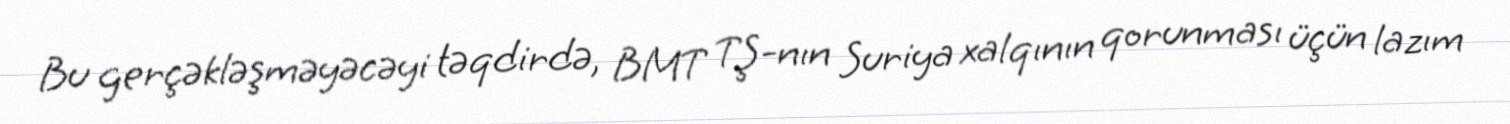
Bu gerçəkləşməyəcəyi təqdirdə, BMT TŞ-nın Suriya xalqının qorunması üçün lazım